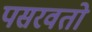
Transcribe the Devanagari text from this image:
पसरवतो